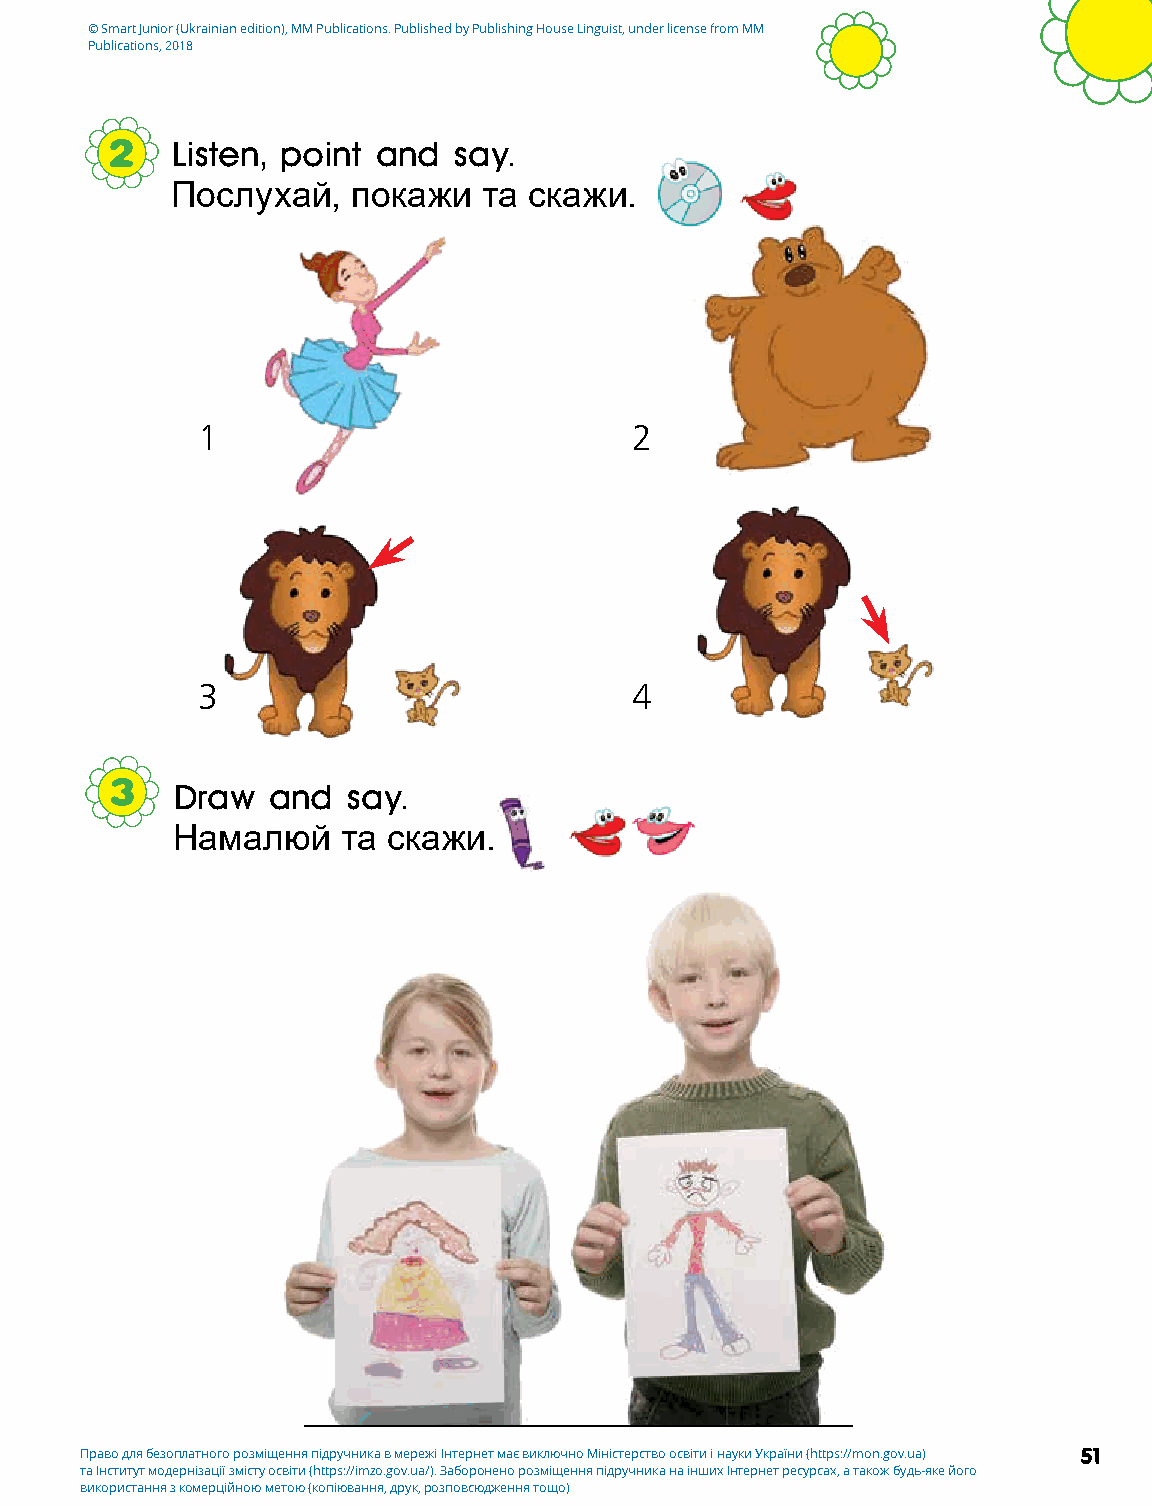
© Smart Junior (Ukrainian edition), MM Publications. Published by Publishing House Linguist, under license from MM
 Publications, 2018
 2   Listen, point and  say.
 Послухай,   покажи   та скажи.
 1                            2
 3                            4
 3   Draw   and  say.
 Намалюй     та скажи.
 Право для безоплатного розміщення підручника в мережі Інтернет має виключно Міністерство освіти і науки України (https://mon.gov.ua) 51
 та Інститут модернізації змісту освіти (https://imzo.gov.ua/). Заборонено розміщення підручника на інших Інтернет ресурсах, а також будь-яке його
 використання з комерційною метою (копіювання, друк, розповсюдження тощо)